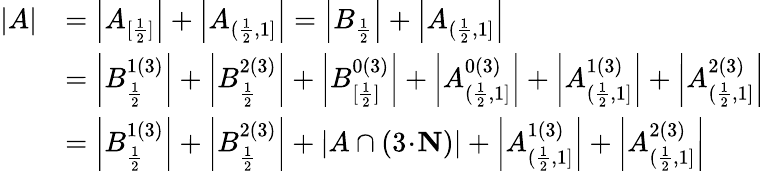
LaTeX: \begin{array}{rl}{|A|}&{=\left|A_{[\frac{1}{2}]}\right|+\left|A_{(\frac{1}{2},1]}\right|=\left|B_{\frac{1}{2}}\right|+\left|A_{(\frac{1}{2},1]}\right|}\\ &{=\left|B_{\frac{1}{2}}^{1(3)}\right|+\left|B_{\frac{1}{2}}^{2(3)}\right|+\left|B_{[\frac{1}{2}]}^{0(3)}\right|+\left|A_{(\frac{1}{2},1]}^{0(3)}\right|+\left|A_{(\frac{1}{2},1]}^{1(3)}\right|+\left|A_{(\frac{1}{2},1]}^{2(3)}\right|}\\ &{=\left|B_{\frac{1}{2}}^{1(3)}\right|+\left|B_{\frac{1}{2}}^{2(3)}\right|+\left|A\cap(3\! \cdot\! \mathbf{N})\right|+\left|A_{(\frac{1}{2},1]}^{1(3)}\right|+\left|A_{(\frac{1}{2},1]}^{2(3)}\right|}\end{array}